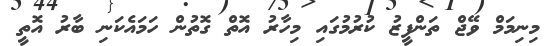
މިނިމަމް ވޭޖް ތަންފީޒު ކުރުމުގައި މިހާރު އޮތް ގޮތުން ހަމައެކަނި ބާރު އޮތީ